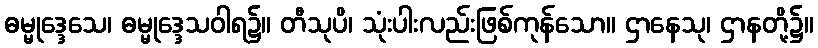
ဓမ္မုဒ္ဒေသေ၊ ဓမ္မုဒ္ဒေသဝါရ၌။ တီသုပိ၊ သုံးပါးလည်းဖြစ်ကုန်သော။ ဌာနေသု၊ ဌာနတို့၌။